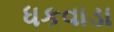
ધકવાડા